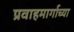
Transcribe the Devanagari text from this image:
प्रवाहमार्गाच्या